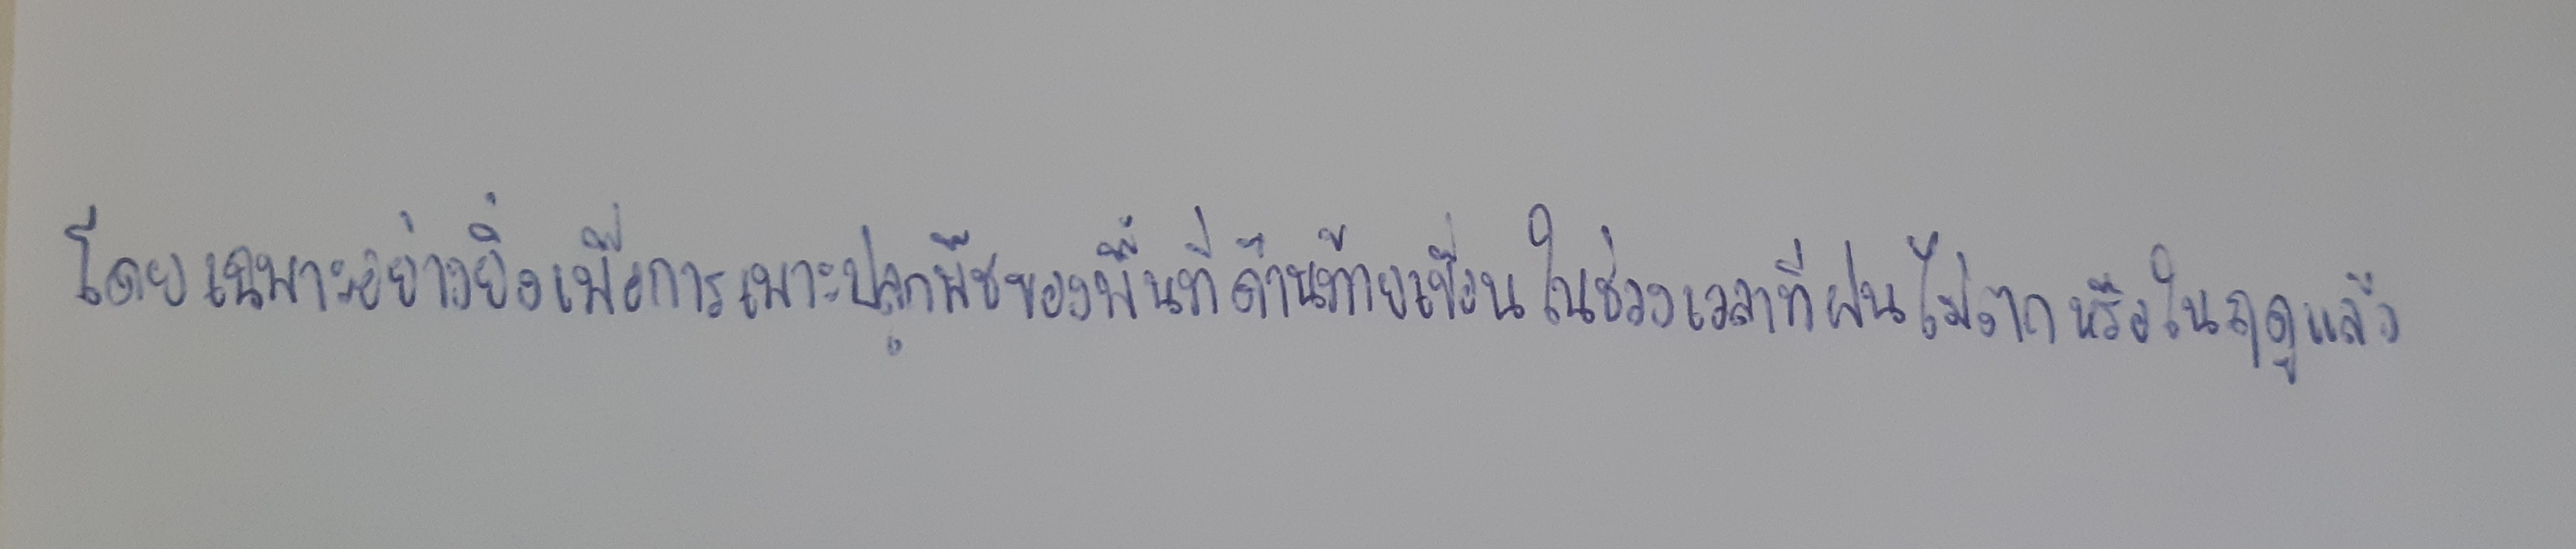
โดยเฉพาะอย่างยิ่งเพื่อการเพาะปลูกพืชของพื้นที่ด้านท้ายเขื่อนในช่วงเวลาที่ฝนไม่ตกหรือในฤดูแล้ง